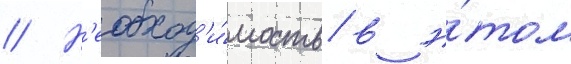
// Н'еобход'и́мость в э́том